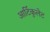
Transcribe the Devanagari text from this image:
आर्टिकुलेट